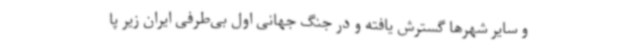
و سایر شهرها گسترش یافته و در جنگ جهانی اول بی‌طرفی ایران زیر پا